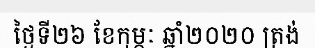
ថ្ងៃទី២៦ ខែកុម្ភៈ ឆ្នាំ២០២០ ត្រង់